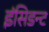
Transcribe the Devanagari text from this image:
इंसिडन्ट